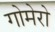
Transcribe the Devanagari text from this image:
गोमेरो